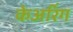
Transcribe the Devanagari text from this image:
केअरिंग